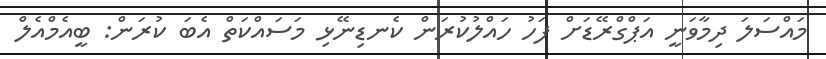
މައްސަލަ ދިމާވަނީ އަޕްގްރޭޑަށް ފަހު ހައްލުކުރަން ކެނޑިނޭޅި މަސައްކަތް އެބަ ކުރަން: ބީއެމްއެލް